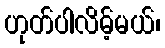
ဟုတ်ပါလိမ့်မယ်၊